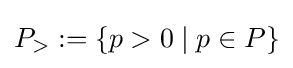
P_{>}:=\{p>0\mid p\in P\}